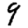
Digit: 9